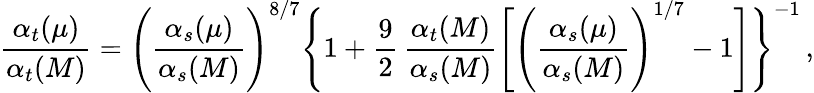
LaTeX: {\frac{\alpha_{t}(\mu)}{\alpha_{t}(M)}}=\Bigg({\frac{\alpha_{s}(\mu)}{\alpha_{s}(M)}}\Bigg)^{8/7}\Bigg\{ 1+{\frac{9}{2}}\, {\frac{\alpha_{t}(M)}{\alpha_{s}(M)}}\Bigg[\Bigg({\frac{\alpha_{s}(\mu)}{\alpha_{s}(M)}}\Bigg)^{1/7}-1\Bigg]\Bigg\} ^{-1}\, ,